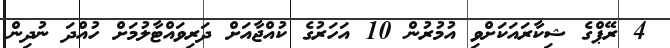
4 ރޭޕްގެ ޝިކާރައަކަށްވި އުމުރުން 10 އަހަރުގެ ކުއްޖާއަށް ދަރިވައްޓާލުމަށް ހުއްދަ ނުދިން